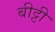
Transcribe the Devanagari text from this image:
बीट्टी